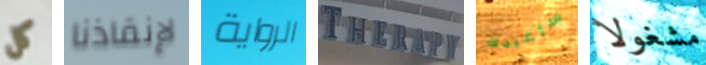
كل لإنقاذنا الرواية THERAPY سأعيدك مشغولا